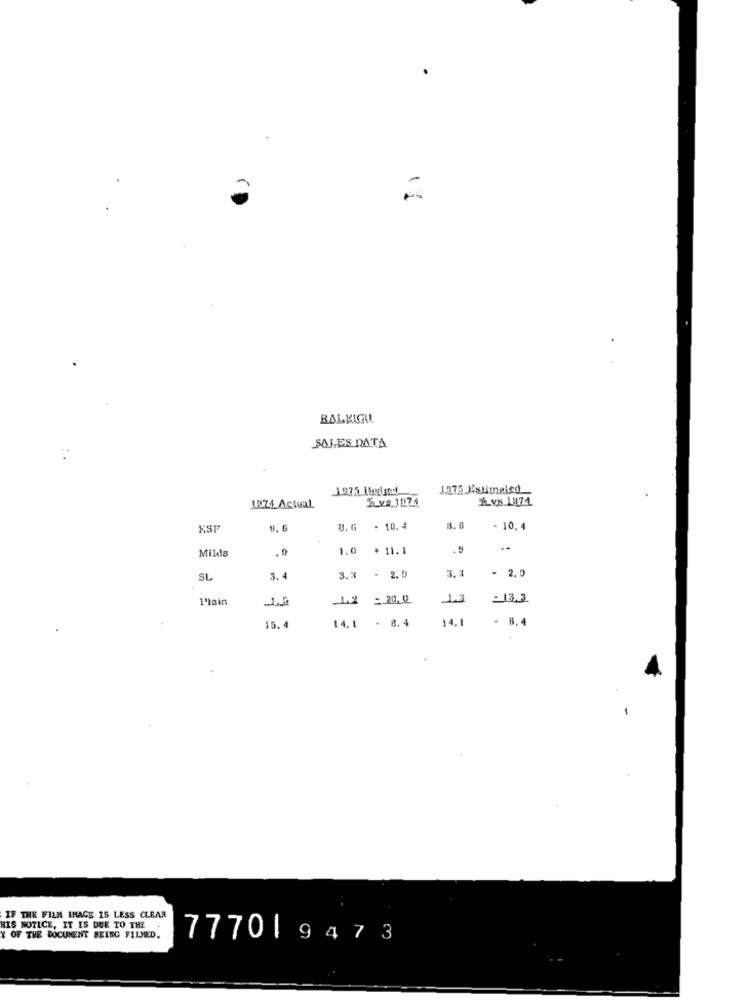
12
BALLIGU
SALES DATA
1075 Muggtel
1275 Estimaled
124 Actual
XSI
8.6 - 10.4
- 10.4
Milds
.0
1.0 + 11.1
.9
3.3
SL
3.
3.3 - 2.0
- 2,5
1'lain
1.2 : 20.0
1.3
13,3
14.1 - 8.4
14.1
- 8.4
15.4
IF THE FILM IMAGE 15 LESS CLEAR
HIS NOTICE, IT IS DUE TO THE .
Y OF THE DOCUMENT BEING FILMED.
77701 9473